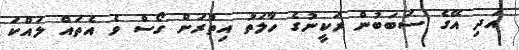
އަދި އޭގެ ސަބަބުން ރަކީނުގެ ހާލަތު އިތުރަށް ގޯސް ވެ އެތައް ލައްކަ